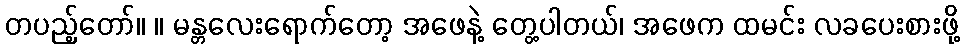
တပည့်တော်။ ။ မန္တလေးရောက်တော့ အဖေနဲ့ တွေ့ပါတယ်၊ အဖေက ထမင်း လခပေးစားဖို့